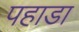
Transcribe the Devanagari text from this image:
पहाडा